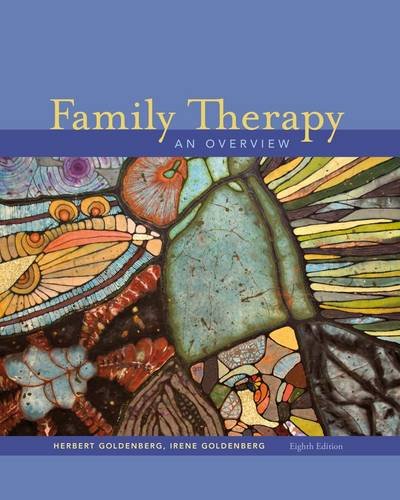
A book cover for Family Therapy: An Overview; Herbert Goldenberg; Education & Teaching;